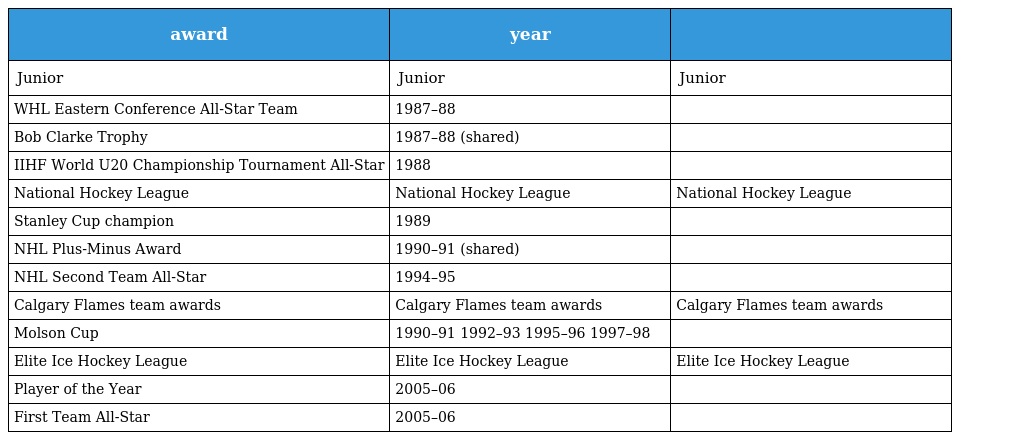
| award | year |  |
 | --- | --- | --- |
 | Junior | Junior | Junior |
 | WHL Eastern Conference All-Star Team | 1987–88 |  |
 | Bob Clarke Trophy | 1987–88 (shared) |  |
 | IIHF World U20 Championship Tournament All-Star | 1988 |  |
 | National Hockey League | National Hockey League | National Hockey League |
 | Stanley Cup champion | 1989 |  |
 | NHL Plus-Minus Award | 1990–91 (shared) |  |
 | NHL Second Team All-Star | 1994–95 |  |
 | Calgary Flames team awards | Calgary Flames team awards | Calgary Flames team awards |
 | Molson Cup | 1990–91 1992–93 1995–96 1997–98 |  |
 | Elite Ice Hockey League | Elite Ice Hockey League | Elite Ice Hockey League |
 | Player of the Year | 2005–06 |  |
 | First Team All-Star | 2005–06 |  |